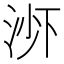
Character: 𬇭